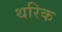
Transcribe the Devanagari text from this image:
थरिक